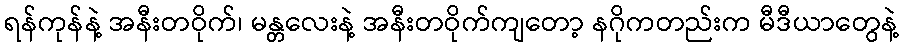
ရန်ကုန်နဲ့ အနီးတဝိုက်၊ မန္တလေးနဲ့ အနီးတဝိုက်ကျတော့ နဂိုကတည်းက မီဒီယာတွေနဲ့